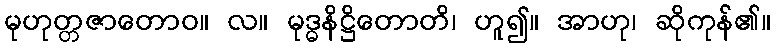
မုဟုတ္တဇာတောဝ။ လ။ မုဒ္ဓနိဋ္ဌိတောတိ၊ ဟူ၍။ အာဟု၊ ဆိုကုန်၏။